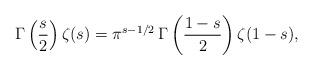
LaTeX: \begin{align*}\Gamma\left(\frac{s}{2}\right)\zeta(s)= \pi^{s-1/2}\,\Gamma\left(\frac{1-s}{2}\right)\zeta(1-s),\end{align*}